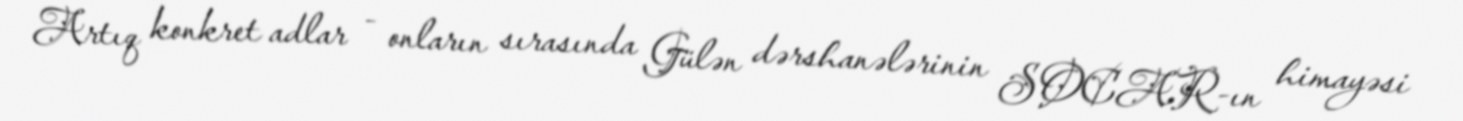
Artıq konkret adlar - onların sırasında Gülən dərshanələrinin SOCAR-ın himayəsi